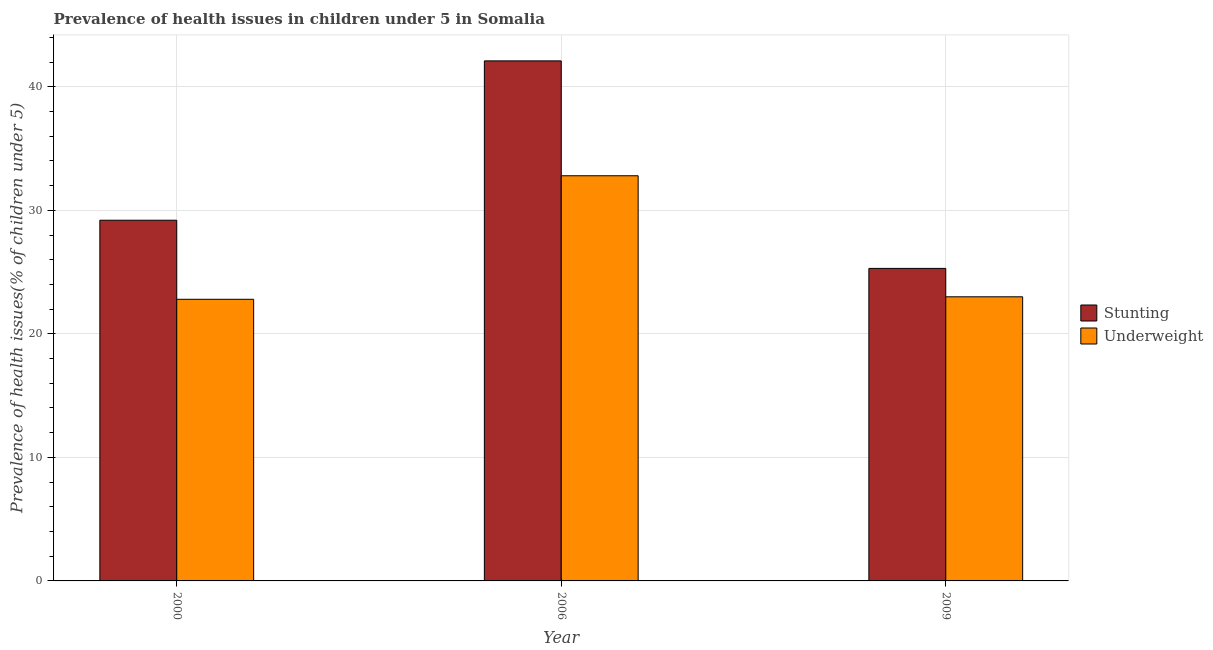
| Year | Stunting | Underweight |
 | --- | --- | --- |
 | 2000 | 29.2 | 22.8 |
 | 2006 | 42.1 | 32.8 |
 | 2009 | 25.3 | 23 |